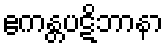
ဧကန္တပဋိဘာနာ